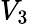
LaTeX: V_{3}